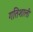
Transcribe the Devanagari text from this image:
गतिशाली